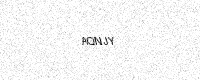
Text: AQNJY